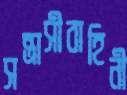
সন্ত্রাসীবাহিনী